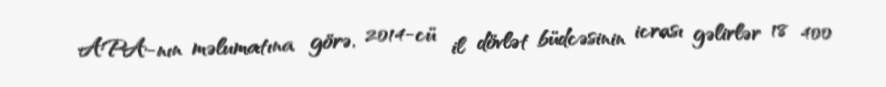
APA-nın məlumatına görə, 2014-cü il dövlət büdcəsinin icrası gəlirlər 18 400